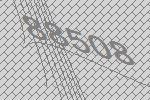
88508